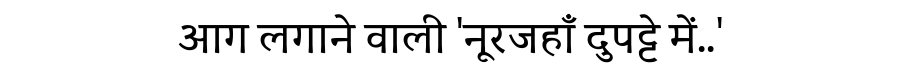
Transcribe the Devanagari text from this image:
आग लगाने वाली 'नूरजहाँ दुपट्टे में..'